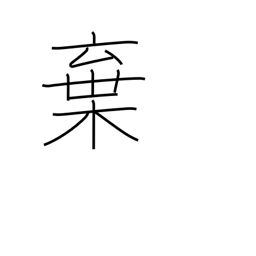
Meaning: discard